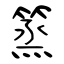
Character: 篜